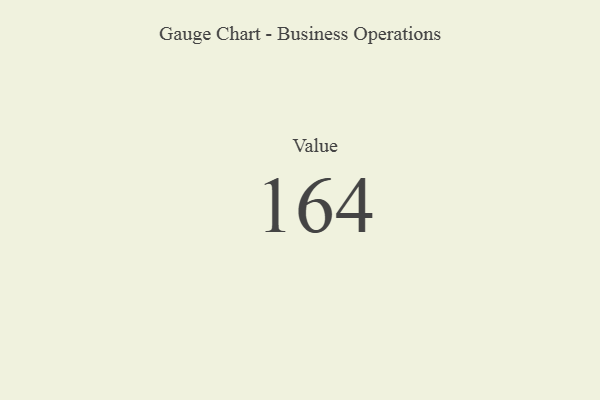
{"axis": {"x": "Metric", "y": "Value"}, "legend": [""], "data": [{"x": "Value", "y": 164, "type": ""}]}